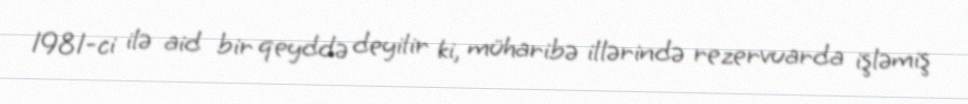
1981-ci ilə aid bir qeyddə deyilir ki, müharibə illərində rezervuarda işləmiş